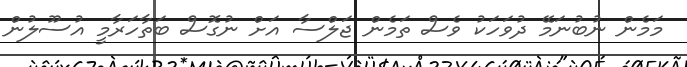
މަމެން ނުބުނަމޭ ދުވަހަކު ވެސް ތަމެން ޖަލްސާ އަށް ނުގޮސް ބަތާހަރާމީ އުސޫލުން